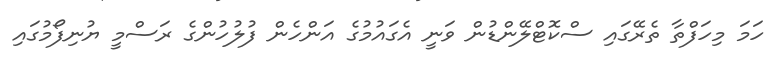
ހަމަ މިހަފްތާ ތެރޭގައި ސްކޮޓްލޭންޑުން ވަނީ އެގައުމުގެ އަންހެން ފުލުހުންގެ ރަސްމީ ޔުނިފޯމުގައި